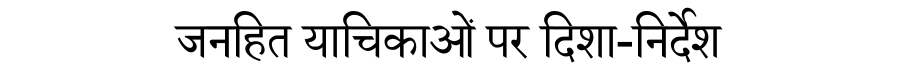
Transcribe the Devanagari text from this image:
जनहित याचिकाओं पर दिशा-निर्देश